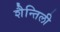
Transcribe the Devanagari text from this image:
शैन्तिली